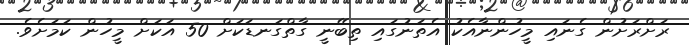
ރަށްރަށުން ގެނައި މީހުންނާއެކު އެތަނުގައި ތިބޭނީ ގާތްގަނޑަކަށް 50 އަކަށް މީހުން ކަމަށެވެ.